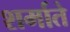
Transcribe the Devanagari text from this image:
शर्माते